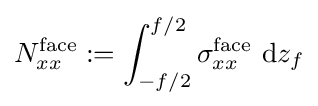
N_{xx}^{\mathrm {face} }:=\int _{-f/2}^{f/2}\sigma _{xx}^{\mathrm {face} }~\mathrm {d} z_{f}